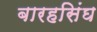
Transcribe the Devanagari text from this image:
बारहसिंघ